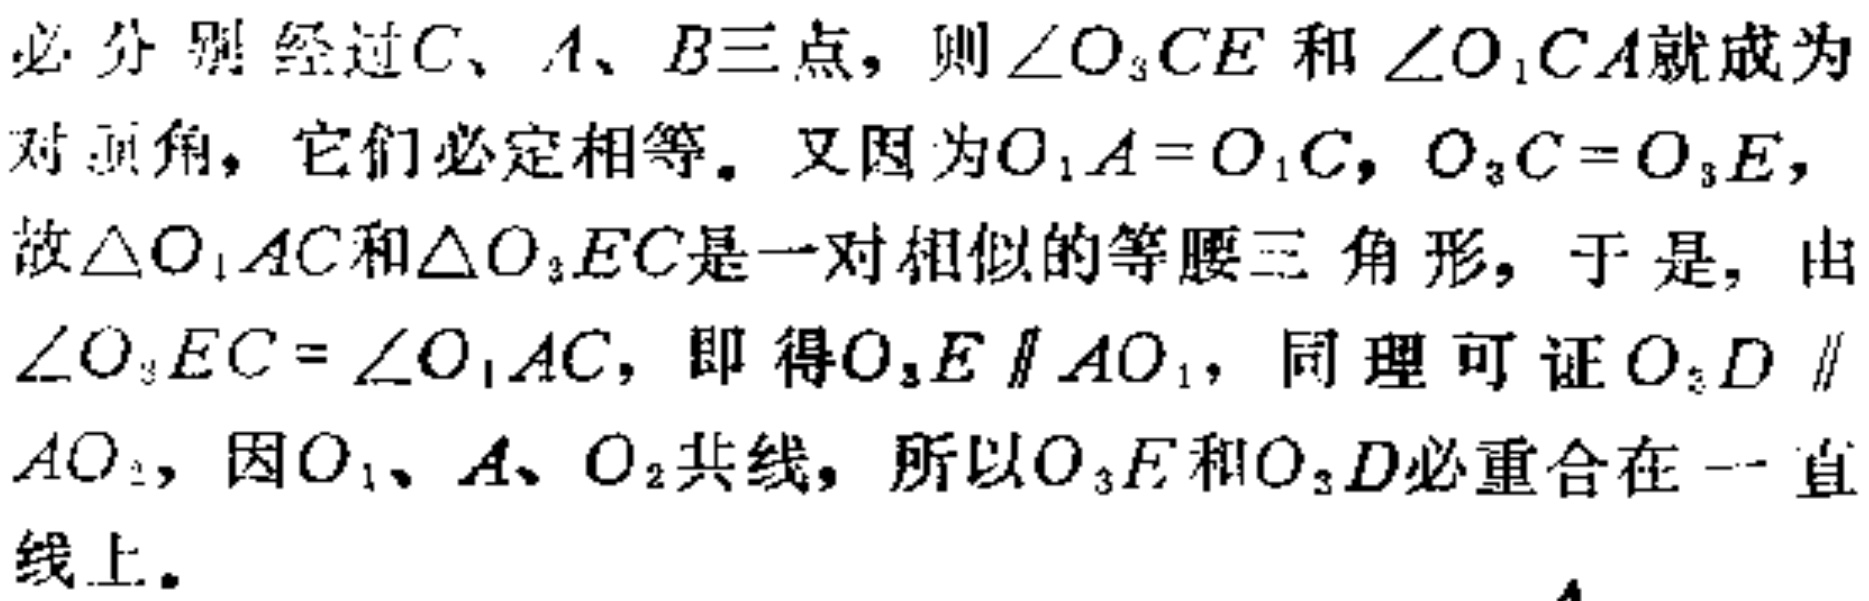
必分别经过\(C\)、\(A\)、\(B\)三点，则\(\angle O_{3}CE\)和\(\angle O_{1}CA\)就成为对顶角，它们必定相等。又因为\(O_{1}A = O_{1}C\)，\(O_{3}C = O_{3}E\)，故\(\triangle O_{1}AC\)和\(\triangle O_{3}EC\)是一对相似的等腰三角形，于是，由\(\angle O_{3}EC=\angle O_{1}AC\)，即得\(O_{3}E\parallel AO_{1}\)，同理可证\(O_{2}D\parallel AO_{2}\)，因\(O_{1}\)、\(A\)、\(O_{2}\)共线，所以\(O_{3}F\)和\(O_{3}D\)必重合在一直线上。